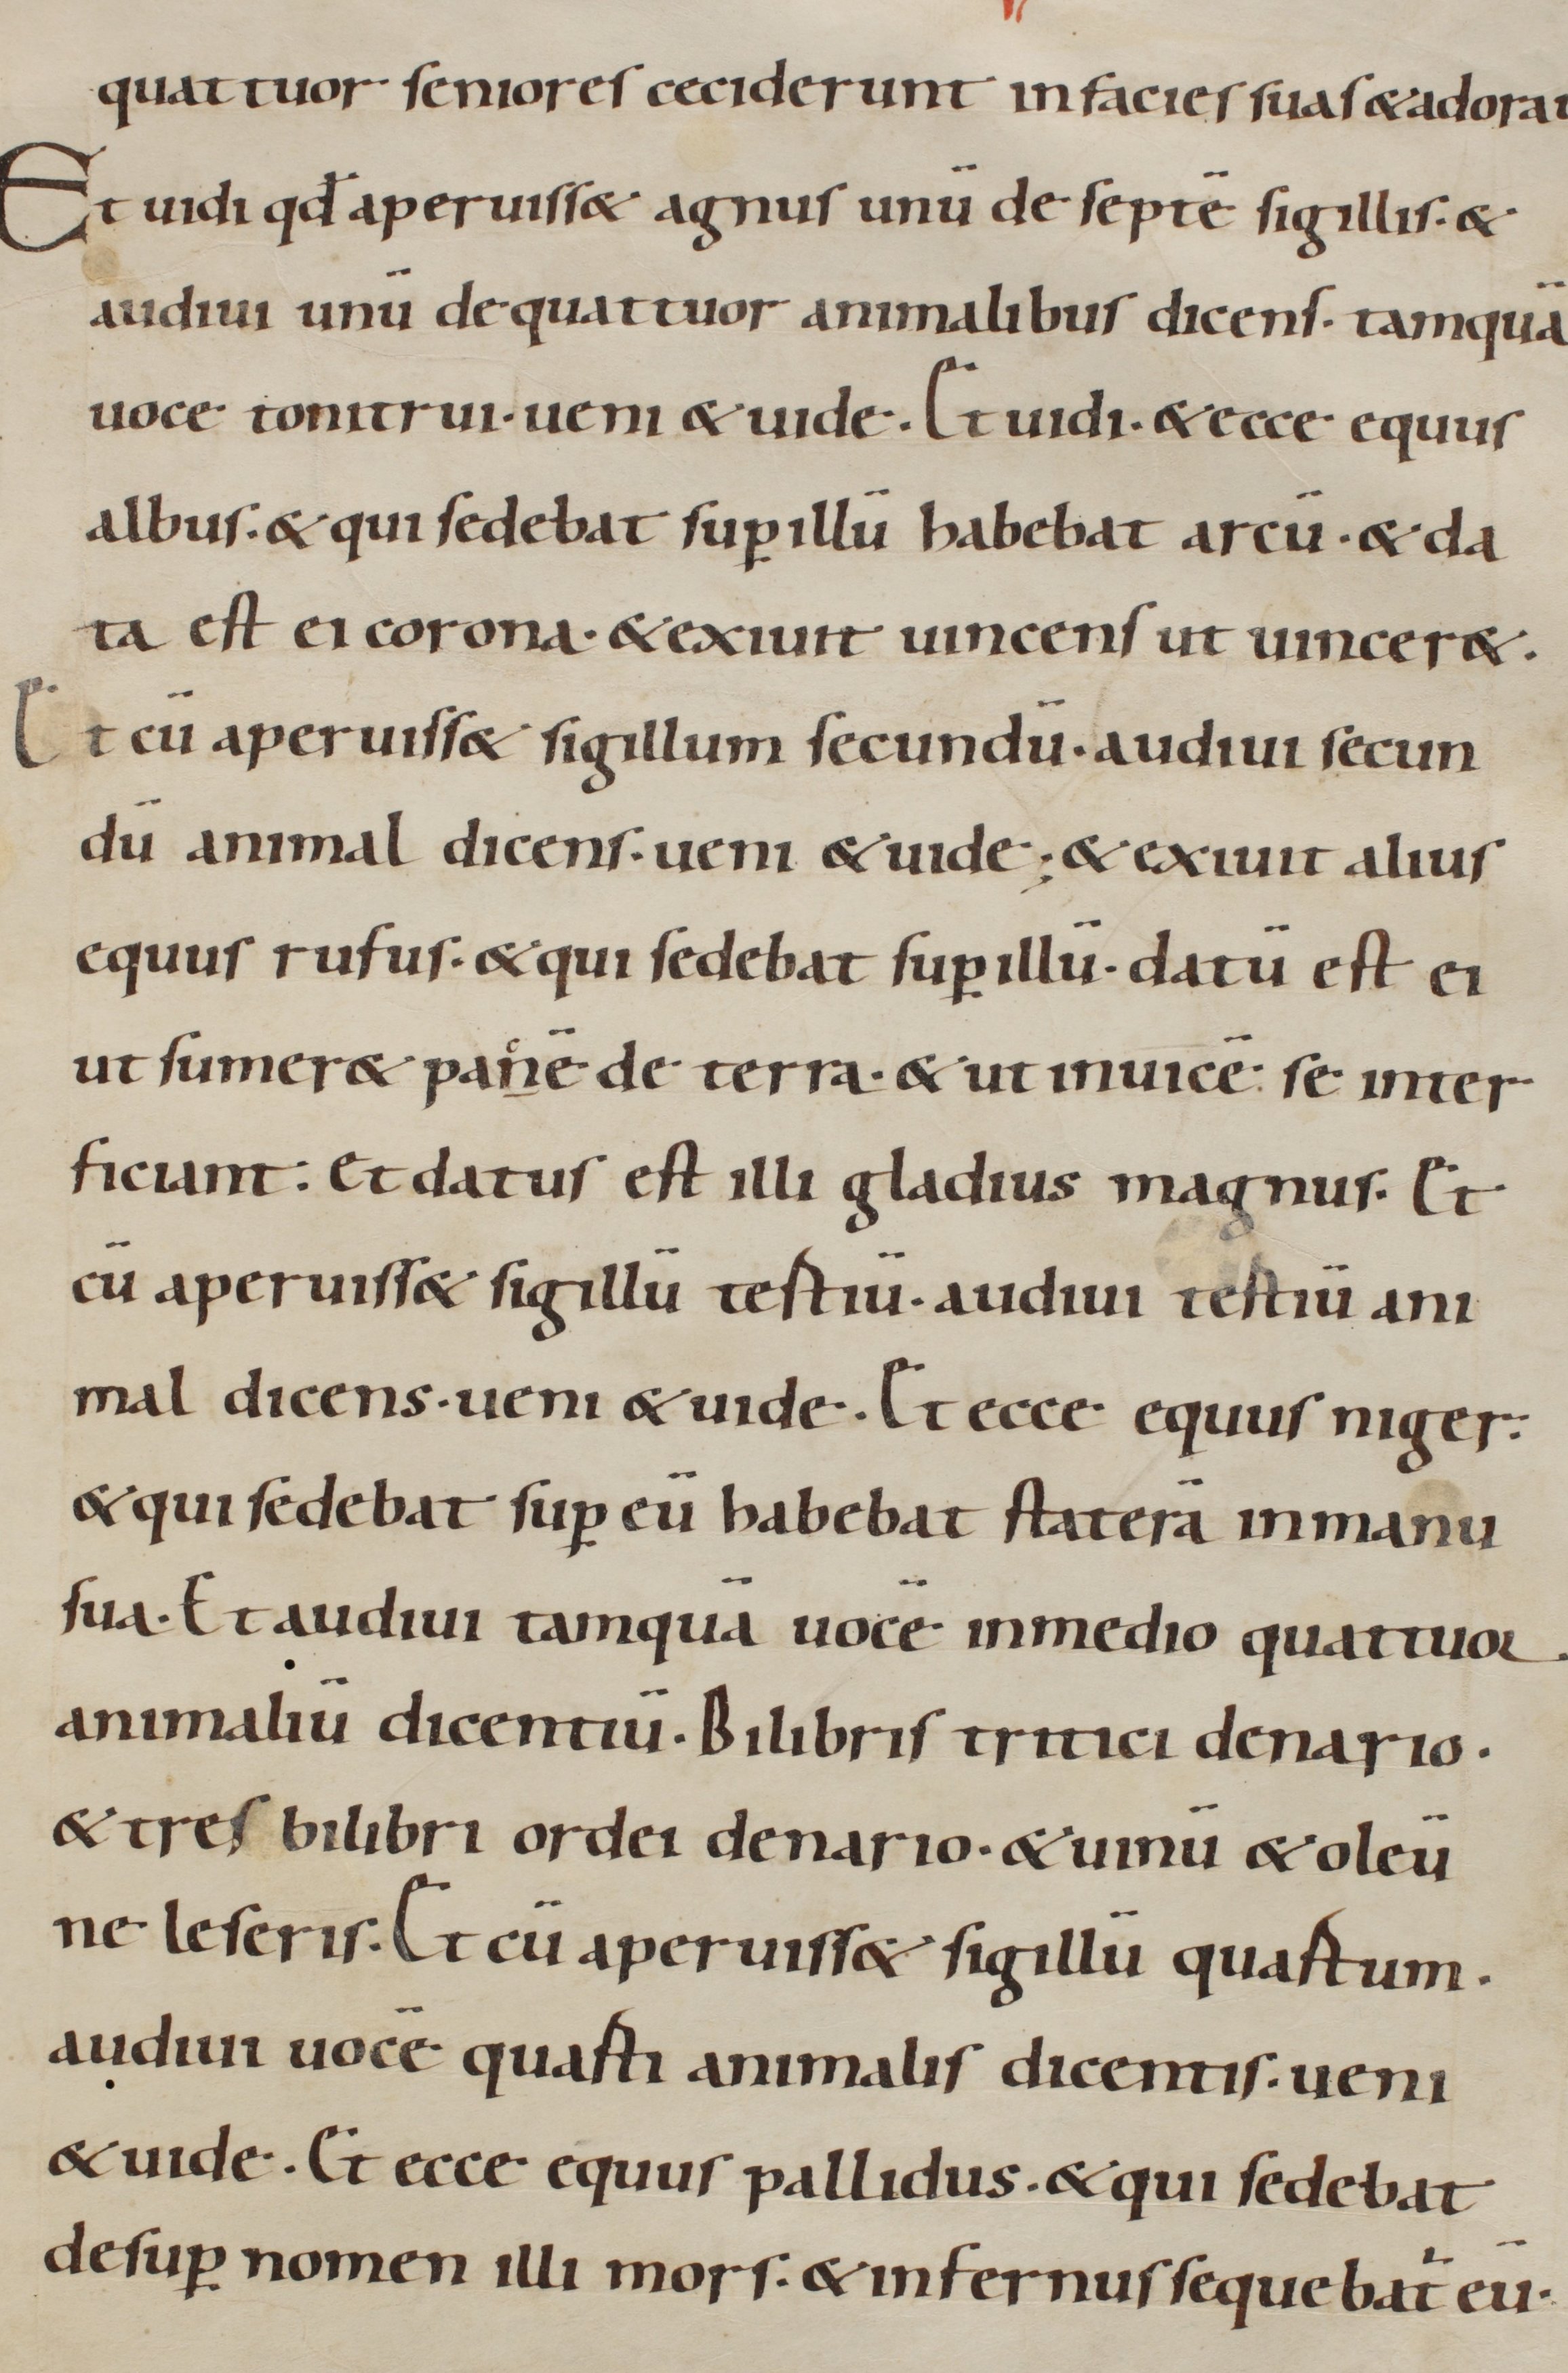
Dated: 900–999